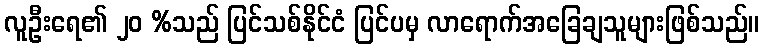
လူဦးရေ၏ ၂၀ %သည် ပြင်သစ်နိုင်ငံ ပြင်ပမှ လာရောက်အခြေချသူများဖြစ်သည်။